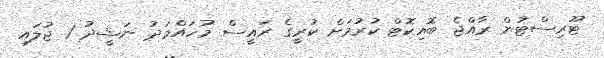
ޓޫރިސްޓުން ރާއްޖެ ބޮއިކޮޓް ކުރުމަށް ކުރީގެ ރައީސް މުހައްމަދު ނަޝީދު 1 ޖުލައި